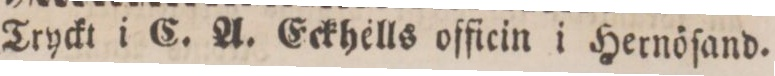
Tryckt i C. A. Eckhells officin i Hernöſand.